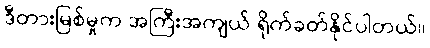
ဒီတားမြစ်မှုက အကြီးအကျယ် ရိုက်ခတ်နိုင်ပါတယ်။